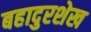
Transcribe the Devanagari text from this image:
बहादुरशेख